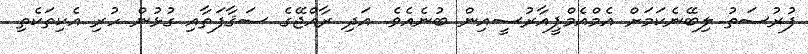
ފުރުސަތު ލިބޭނެކަމަށް އެމްއެމްޕީއާރުސީއިން ބުނެއެވެ. އަދި ރާއްޖޭގެ ސަޤާފަތާއި ގުޅުން ހުރި އެކިތަކެތި